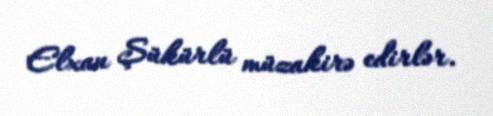
Elxan Şükürlü müzakirə edirlər.